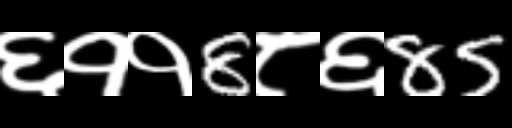
Text: ६११8८६85